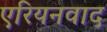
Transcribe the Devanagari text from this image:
एरियनवाद